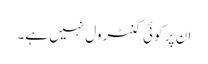
ان پر کوئی کنٹرول نہیں ہے۔